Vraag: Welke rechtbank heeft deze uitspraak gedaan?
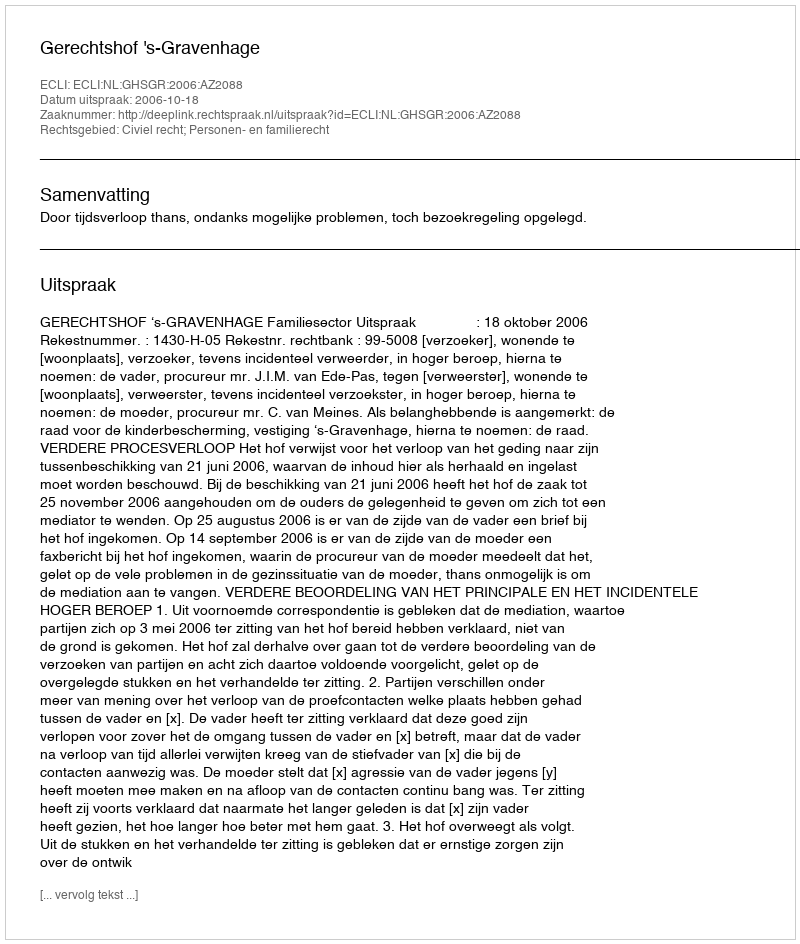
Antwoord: Gerechtshof 's-Gravenhage